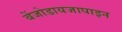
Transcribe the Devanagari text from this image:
बेंजोडायजापाइन